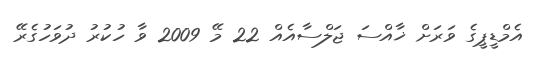
އެމްޑީޕީގެ ވަރަށް ޚާއްސަ ޖަލްސާއެއް 22 މޭ 2009 ވާ ހުކުރު ދުވަހުގެރޭ